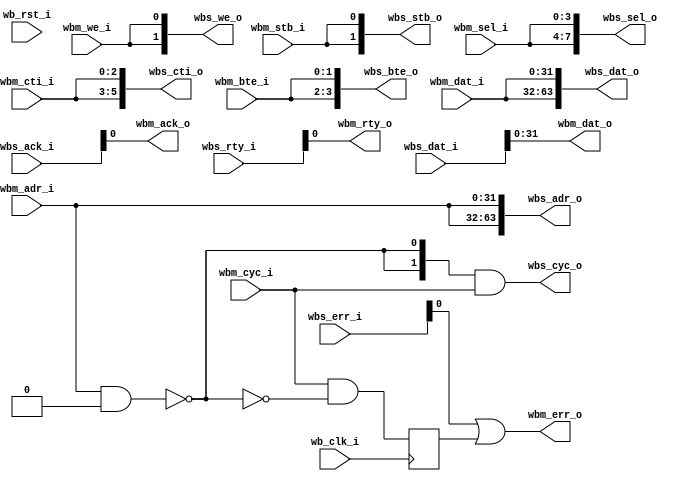
//////////////////////////////////////////////////////////////////////
///                                                               ////
/// Wishbone multiplexer, burst-compatible                        ////
///                                                               ////
/// Simple mux with an arbitrary number of slaves.                ////
///                                                               ////
/// The parameters MATCH_ADDR and MATCH_MASK are flattened arrays ////
/// aw*NUM_SLAVES sized arrays that are used to calculate the     ////
/// active slave. slave i is selected when                        ////
/// (wb_adr_i & MATCH_MASK[(i+1)*aw-1:i*aw] is equal to           ////
/// MATCH_ADDR[(i+1)*aw-1:i*aw]                                   ////
/// If several regions are overlapping, the slave with the lowest ////
/// index is selected. This can be used to have fallback          ////
/// functionality in the last slave, in case no other slave was   ////
/// selected.                                                     ////
///                                                               ////
/// If no match is found, the wishbone transaction will stall and ////
/// an external watchdog is required to abort the transaction     ////
///                                                               ////
/// Olof Kindgren, olof@opencores.org                             ////
///                                                               ////
/// Todo:                                                         ////
/// Registered master/slave connections                           ////
/// Rewrite with System Verilog 2D arrays when tools support them ////
//////////////////////////////////////////////////////////////////////
////                                                              ////
//// Copyright (C) 2013 Authors and OPENCORES.ORG                 ////
////                                                              ////
//// This source file may be used and distributed without         ////
//// restriction provided that this copyright statement is not    ////
//// removed from the file and that any derivative work contains  ////
//// the original copyright notice and the associated disclaimer. ////
////                                                              ////
//// This source file is free software; you can redistribute it   ////
//// and/or modify it under the terms of the GNU Lesser General   ////
//// Public License as published by the Free Software Foundation; ////
//// either version 2.1 of the License, or (at your option) any   ////
//// later version.                                               ////
////                                                              ////
//// This source is distributed in the hope that it will be       ////
//// useful, but WITHOUT ANY WARRANTY; without even the implied   ////
//// warranty of MERCHANTABILITY or FITNESS FOR A PARTICULAR      ////
//// PURPOSE.  See the GNU Lesser General Public License for more ////
//// details.                                                     ////
////                                                              ////
//// You should have received a copy of the GNU Lesser General    ////
//// Public License along with this source; if not, download it   ////
//// from http://www.opencores.org/lgpl.shtml                     ////
////                                                              ////
//////////////////////////////////////////////////////////////////////

module wb_mux
  #(parameter dw = 32,        // Data width
    parameter aw = 32,        // Address width
    parameter num_slaves = 2, // Number of slaves
    parameter [num_slaves*aw-1:0] MATCH_ADDR = 0,
    parameter [num_slaves*aw-1:0] MATCH_MASK = 0)

   (input                      wb_clk_i,
    input 		       wb_rst_i,

    // Master Interface
    input [aw-1:0] 	       wbm_adr_i,
    input [dw-1:0] 	       wbm_dat_i,
    input [3:0] 	       wbm_sel_i,
    input 		       wbm_we_i,
    input 		       wbm_cyc_i,
    input 		       wbm_stb_i,
    input [2:0] 	       wbm_cti_i,
    input [1:0] 	       wbm_bte_i,
    output [dw-1:0] 	       wbm_dat_o,
    output 		       wbm_ack_o,
    output 		       wbm_err_o,
    output 		       wbm_rty_o,
    // Wishbone Slave interface
    output [num_slaves*aw-1:0] wbs_adr_o,
    output [num_slaves*dw-1:0] wbs_dat_o,
    output [num_slaves*4-1:0]  wbs_sel_o,
    output [num_slaves-1:0]    wbs_we_o,
    output [num_slaves-1:0]    wbs_cyc_o,
    output [num_slaves-1:0]    wbs_stb_o,
    output [num_slaves*3-1:0]  wbs_cti_o,
    output [num_slaves*2-1:0]  wbs_bte_o,
    input [num_slaves*dw-1:0]  wbs_dat_i,
    input [num_slaves-1:0]     wbs_ack_i,
    input [num_slaves-1:0]     wbs_err_i,
    input [num_slaves-1:0]     wbs_rty_i);

///////////////////////////////////////////////////////////////////////////////
// Master/slave connection
///////////////////////////////////////////////////////////////////////////////

   localparam slave_sel_bits = num_slaves > 1 ? $clog2(num_slaves) : 1;

   reg  			 wbm_err;
   wire [slave_sel_bits-1:0] 	 slave_sel;
   wire [num_slaves-1:0] 	 match;

   genvar 			 idx;

   generate
      for(idx=0; idx<num_slaves ; idx=idx+1) begin : addr_match
	 assign match[idx] = (wbm_adr_i & MATCH_MASK[idx*aw+:aw]) == MATCH_ADDR[idx*aw+:aw];
      end
   endgenerate

//
// Find First 1 - Start from MSB and count downwards, returns 0 when no bit set
//
   function [slave_sel_bits-1:0] ff1;
      input [num_slaves-1:0] in;
      integer 		     i;

      begin
	 ff1 = 0;
	 for (i = num_slaves-1; i >= 0; i=i-1) begin
	    if (in[i])
	      ff1 = i;
	 end
      end
   endfunction

   assign slave_sel = ff1(match);

   always @(posedge wb_clk_i)
     wbm_err <= wbm_cyc_i & !(|match);

   assign wbs_adr_o = {num_slaves{wbm_adr_i}};
   assign wbs_dat_o = {num_slaves{wbm_dat_i}};
   assign wbs_sel_o = {num_slaves{wbm_sel_i}};
   assign wbs_we_o  = {num_slaves{wbm_we_i}};

   assign wbs_cyc_o = match & (wbm_cyc_i << slave_sel);
   assign wbs_stb_o = {num_slaves{wbm_stb_i}};

   assign wbs_cti_o = {num_slaves{wbm_cti_i}};
   assign wbs_bte_o = {num_slaves{wbm_bte_i}};

   assign wbm_dat_o = wbs_dat_i[slave_sel*dw+:dw];
   assign wbm_ack_o = wbs_ack_i[slave_sel];
   assign wbm_err_o = wbs_err_i[slave_sel] | wbm_err;
   assign wbm_rty_o = wbs_rty_i[slave_sel];

endmodule